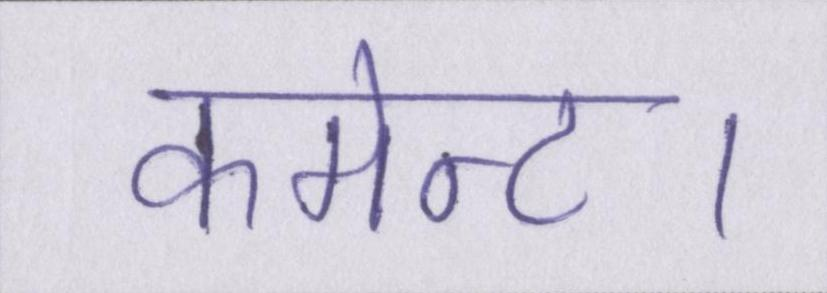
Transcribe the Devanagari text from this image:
कमेन्ट।